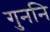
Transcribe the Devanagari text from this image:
गुननि